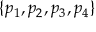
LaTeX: \{ p _ { 1 } , p _ { 2 } , p _ { 3 } , p _ { 4 } \}